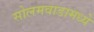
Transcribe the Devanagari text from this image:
सोलमवाडामध्ये